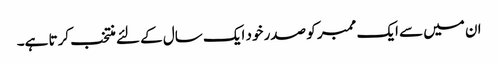
ان میں سے ایک ممبر کو صدر خود ایک سال کے لئے منتخب کرتا ہے۔